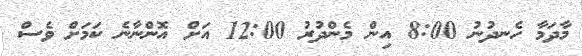
މާދަމާ ހެނދުނު 8:00 އިން މެންދުރު 12:00 އަށް އޮންނާނެ ކަމަށް ވެސް